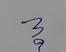
Signature authenticity: forged